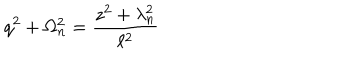
LaTeX: q ^ { 2 } + \Omega _ { n } ^ { 2 } = \frac { z ^ { 2 } + \lambda _ { n } ^ { 2 } } { \ell ^ { 2 } }